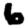
Digit: 6